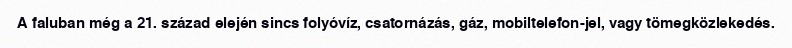
A faluban még a 21. század elején sincs folyóvíz, csatornázás, gáz, mobiltelefon-jel, vagy tömegközlekedés.